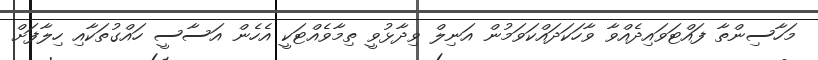
މަހާސިންތާ ފައްޓަވައިދެއްވާ ވާހަކަދައްކަވަމުން އަނިލް ވިދާޅުވީ ތިމާވެއްޓަކީ އެހެން އަސާސީ ހައްގުތަކާއި ހިލާފަށް